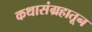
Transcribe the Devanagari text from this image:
कथासंग्रहातून